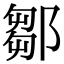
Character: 鄒